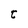
Character: t